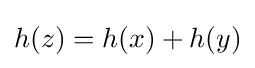
h(z)=h(x)+h(y)